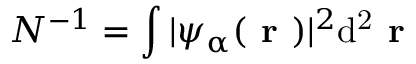
N ^ { - 1 } = \int | \psi _ { \upalpha } ( \textbf { r } ) | ^ { 2 } \mathrm { d ^ { 2 } } \textbf { r }